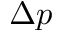
\Delta p